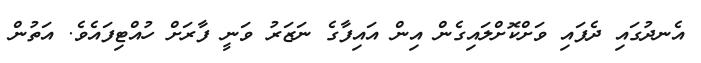
އެނދުގައި ދެފައި ވަށްކޮށްލައިގެން އިން އައިފާގެ ނަޒަރު ވަނީ ފާރަށް ހުއްޓިފައެވެ. އަތުން